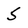
Character: 5